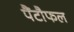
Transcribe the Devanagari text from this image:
पैंटौफल